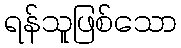
ရန်သူဖြစ်သော